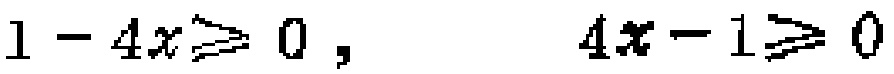
\(1 - 4x\geqslant 0,\quad 4x - 1\geqslant 0\)